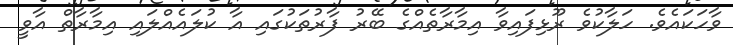
ވާހަކައެވެ. ހަލާކުވެ ރޫޅިފައިވާ އިމާރާތެއްގެ ބޭރު ފާރުތަކުގައި އާ ކުލައެއްލައި އިމާރާތް އާވީ